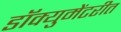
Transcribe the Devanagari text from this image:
डॉक्युमेंटरीत